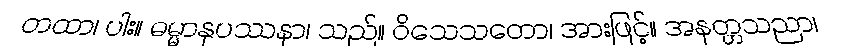
တထာ၊ ပါး။ ဓမ္မာနုပဿနာ၊ သည်။ ဝိသေသတော၊ အားဖြင့်။ အနတ္တသညာ၊